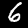
Label: 6